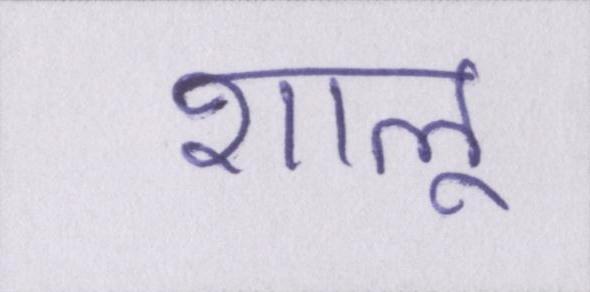
शालू